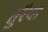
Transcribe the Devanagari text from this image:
तुरैया